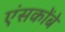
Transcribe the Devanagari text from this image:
एंसकोंबे